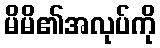
မိမိ၏အလုပ်ကို